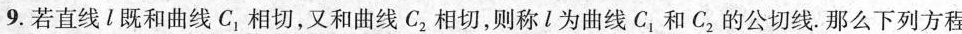
9.若直线l既和曲线C_{1}相切，又和曲线C_{2}相切，则称l为曲线C_{1}和C_{2}的公切线。那么下列方程